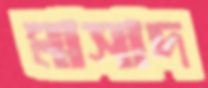
মাসাদ